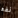
نفد